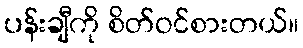
ပန်းချီကို စိတ်ဝင်စားတယ်။